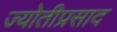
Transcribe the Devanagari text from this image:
ज्योतीप्रसाद